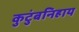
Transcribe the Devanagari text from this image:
कुटुंबनिहाय